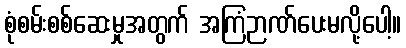
စုံစမ်းစစ်ဆေးမှုအတွက် အကြံဉာဏ်ပေးမလို့ပေါ့။